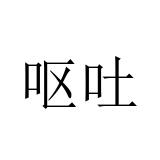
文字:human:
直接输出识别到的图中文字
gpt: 呕吐